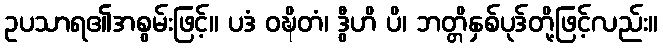
ဥပသာရ၏အစွမ်းဖြင့်။ ပဒံ ဝဍ္ဎိတံ၊ ဒွီဟိ ပိ၊ ဘတ္တိနှစ်ပုဒ်တို့ဖြင့်လည်း။